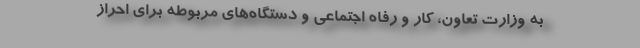
به وزارت تعاون، کار و رفاه اجتماعی و دستگاه‌های مربوطه برای احراز